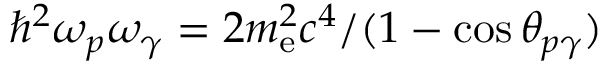
\hbar ^ { 2 } \omega _ { p } \omega _ { \gamma } = 2 m _ { \mathrm { e } } ^ { 2 } c ^ { 4 } / ( 1 - \cos \theta _ { p \gamma } )